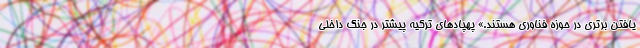
یافتن برتری در حوزه فناوری هستند.» پهپادهای ترکیه پیشتر در جنگ داخلی